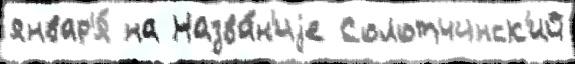
январ'я́ на Назва́н'иjе Солотчинск'ий